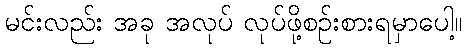
မင်းလည်း အခု အလုပ် လုပ်ဖို့စဉ်းစားရမှာပေါ့။